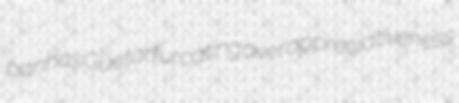
panhas Guetar furcating overappreciativeness